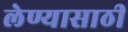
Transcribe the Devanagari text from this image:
लेण्यासाठी